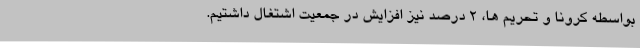
بواسطه کرونا و تحریم ها، 2 درصد نیز افزایش در جمعیت اشتغال داشتیم.